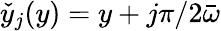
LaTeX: \check{y}_{j}(y)=y+j\pi/2{\bar{\omega}}